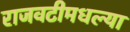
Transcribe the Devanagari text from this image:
राजवटीमधल्या